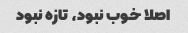
اصلا خوب نبود، تازه نبود